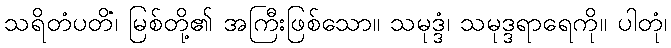
သရိတံပတိံ၊ မြစ်တို့၏ အကြီးဖြစ်သော။ သမုဒ္ဒံ၊ သမုဒ္ဒရာရေကို။ ပါတုံ၊